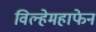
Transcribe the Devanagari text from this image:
विल्हेमहाफेन